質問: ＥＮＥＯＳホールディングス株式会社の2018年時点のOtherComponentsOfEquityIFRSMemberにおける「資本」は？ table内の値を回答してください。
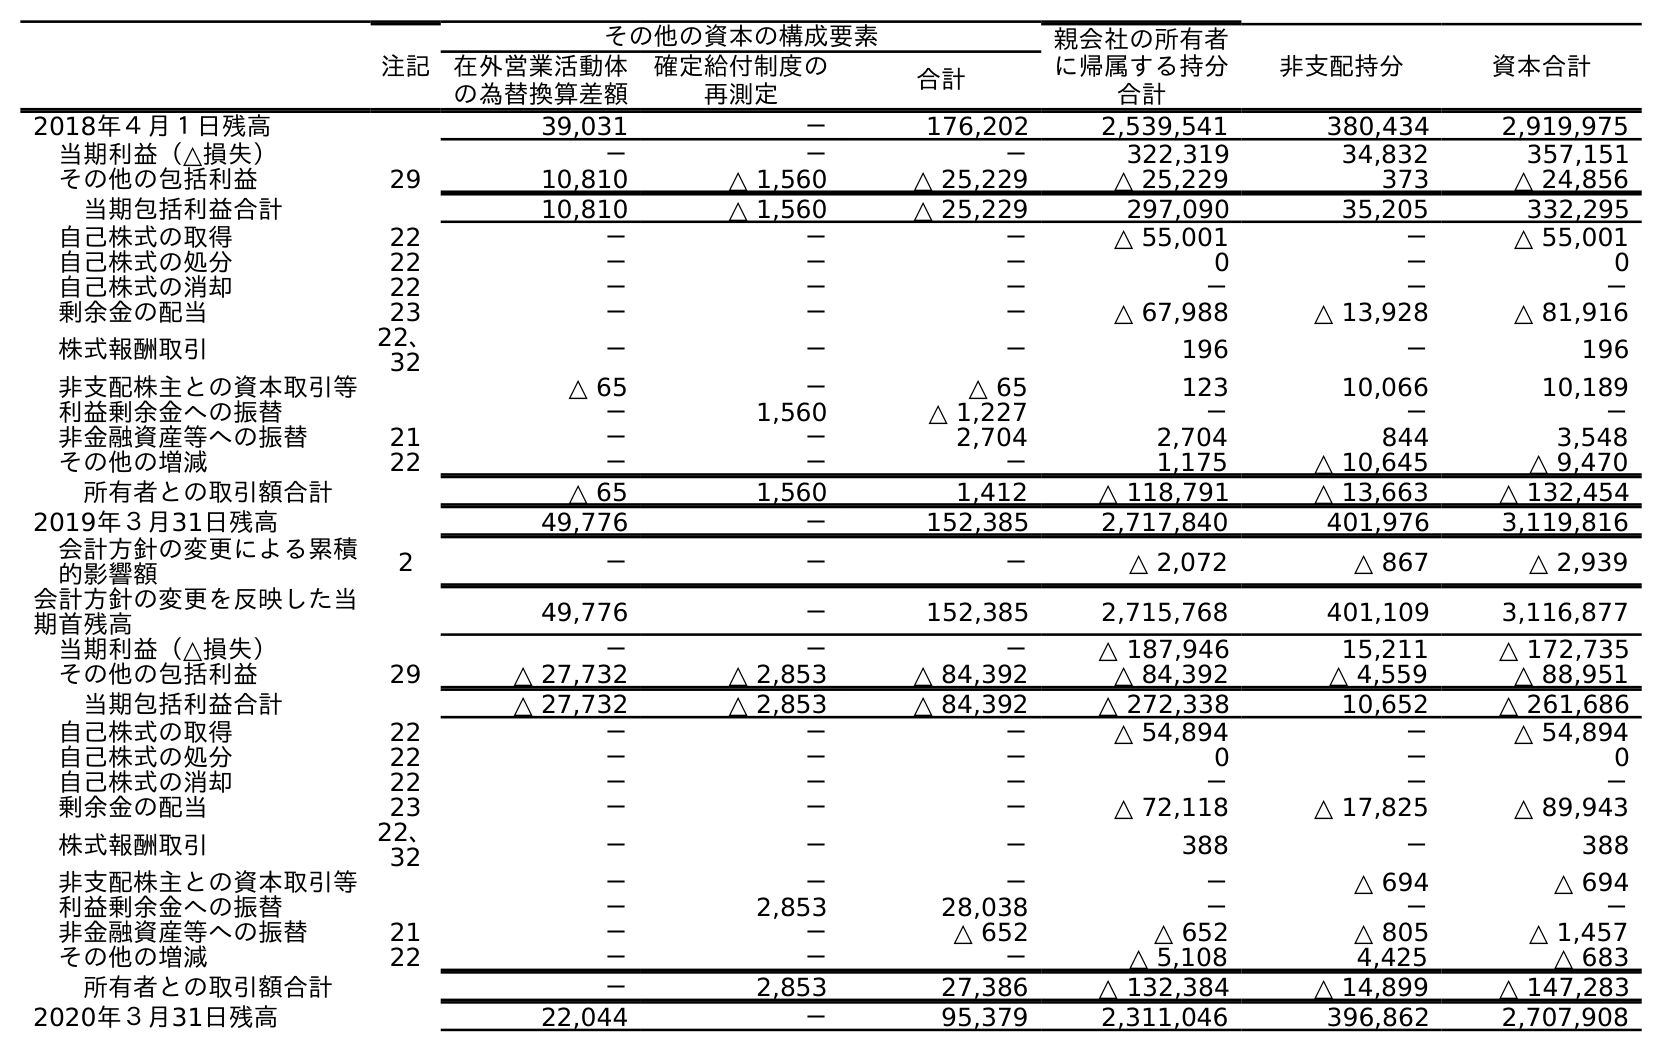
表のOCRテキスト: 注記 その他の資本の構成要素 親会社の所有者 に帰属する持分 合計 非支配持分 資本合計 在外営業活動体 の為替換算差額 確定給付制度の 再測定 合計 2018年４月１日残高 39,031 － 176,202 2,539,541 380,434 2,919,975 当期利益（△損失） － － － 322,319 34,832 357,151 その他の包括利益 29 10,810 △ 1,560 △ 25,229 △ 25,229 373 △ 24,856 当期包括利益合計 10,810 △ 1,560 △ 25,229 297,090 35,205 332,295 自己株式の取得 22 － － － △ 55,001 － △ 55,001 自己株式の処分 22 － － － 0 － 0 自己株式の消却 22 － － － － － － 剰余金の配当 23 － － － △ 67,988 △ 13,928 △ 81,916 株式報酬取引 22、 32 － － － 196 － 196 非支配株主との資本取引等 △ 65 － △ 65 123 10,066 10,189 利益剰余金への振替 － 1,560 △ 1,227 － － － 非金融資産等への振替 21 － － 2,704 2,704 844 3,548 その他の増減 22 － － － 1,175 △ 10,645 △ 9,470 所有者との取引額合計 △ 65 1,560 1,412 △ 118,791 △ 13,663 △ 132,454 2019年３月31日残高 49,776 － 152,385 2,717,840 401,976 3,119,816 会計方針の変更による累積 的影響額 2 － － － △ 2,072 △ 867 △ 2,939 会計方針の変更を反映した当 期首残高 49,776 － 152,385 2,715,768 401,109 3,116,877 当期利益（△損失） － － － △ 187,946 15,211 △ 172,735 その他の包括利益 29 △ 27,732 △ 2,853 △ 84,392 △ 84,392 △ 4,559 △ 88,951 当期包括利益合計 △ 27,732 △ 2,853 △ 84,392 △ 272,338 10,652 △ 261,686 自己株式の取得 22 － － － △ 54,894 － △ 54,894 自己株式の処分 22 － － － 0 － 0 自己株式の消却 22 － － － － － － 剰余金の配当 23 － － － △ 72,118 △ 17,825 △ 89,943 株式報酬取引 22、 32 － － － 388 － 388 非支配株主との資本取引等 － － － － △ 694 △ 694 利益剰余金への振替 － 2,853 28,038 － － － 非金融資産等への振替 21 － － △ 652 △ 652 △ 805 △ 1,457 その他の増減 22 － － － △ 5,108 4,425 △ 683 所有者との取引額合計 － 2,853 27,386 △ 132,384 △ 14,899 △ 147,283 2020年３月31日残高 22,044 － 95,379 2,311,046 396,862 2,707,908
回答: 176,202